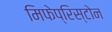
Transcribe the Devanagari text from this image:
मिफेप्रिस्टोन